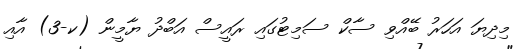
މިދިޔަ އަހަރު ބޭއްވި ސާކް ސަމިޓުގައި ރައީސް އަބްދު ޔާމީން (ކ-3) އާއި